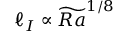
\ell _ { I } \propto \widetilde { R a } ^ { 1 / 8 }